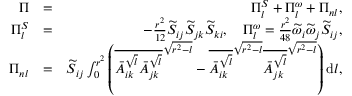
\begin{array} { r l r } { \Pi } & { = } & { \Pi _ { l } ^ { S } + \Pi _ { l } ^ { \omega } + \Pi _ { n l } , } \\ { \Pi _ { l } ^ { S } } & { = } & { - \frac { r ^ { 2 } } { 1 2 } \widetilde { S } _ { i j } \widetilde { S } _ { j k } \widetilde { S } _ { k i } , \quad \Pi _ { l } ^ { \omega } = \frac { r ^ { 2 } } { 4 8 } \widetilde { \omega } _ { i } \widetilde { \omega } _ { j } \widetilde { S } _ { i j } , } \\ { \Pi _ { n l } } & { = } & { \widetilde { S } _ { i j } \int _ { 0 } ^ { r ^ { 2 } } \left( \overline { { \bar { A } _ { i k } ^ { \sqrt { l } } \bar { A } _ { j k } ^ { \sqrt { l } } } } ^ { \sqrt { r ^ { 2 } - l } } - \overline { { \bar { A } _ { i k } ^ { \sqrt { l } } } } ^ { \sqrt { r ^ { 2 } - l } } \overline { { \bar { A } _ { j k } ^ { \sqrt { l } } } } ^ { \sqrt { r ^ { 2 } - l } } \right) \mathrm { d } l , } \end{array}